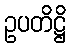
ဥပတိဋ္ဌိ